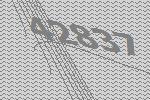
42837